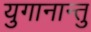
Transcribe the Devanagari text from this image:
युगानान्तु